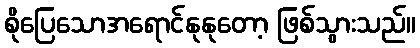
စိုပြေသောအရောင်နုနုတော့ ဖြစ်သွားသည်။